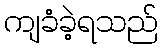
ကျခံခဲ့ရသည်